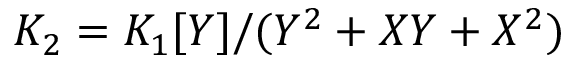
K _ { 2 } = K _ { 1 } [ Y ] / ( Y ^ { 2 } + X Y + X ^ { 2 } )